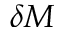
\delta M